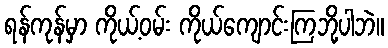
ရန်ကုန်မှာ ကိုယ့်ဝမ်း ကိုယ်ကျောင်းကြဘို့ပါဘဲ။